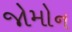
જોમોન